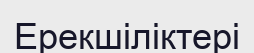
Ерекшіліктері